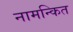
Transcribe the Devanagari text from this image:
नामन्कित